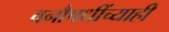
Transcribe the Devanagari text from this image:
वनौषधींच्याही